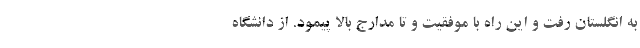
به انگلستان رفت و این راه با موفقیت و تا مدارج بالا پیمود. از دانشگاه